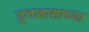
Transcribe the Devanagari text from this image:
दूतावासाच्या